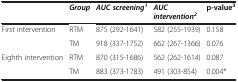
<table><thead><tr><td><b> </b></td><td><b><i>Group</i></b></td><td><b><i>AUC screening</i><sup><i>1</i></sup></b></td><td><b><i>AUC intervention</i><sup><i>2</i></sup></b></td><td><b>p-value<sup>3</sup></b></td></tr></thead><tbody><tr><td>First intervention</td><td>RTM</td><td>875 (292-1641)</td><td>582 (255-1939)</td><td>0.158</td></tr><tr><td> </td><td>TM</td><td>918 (337-1752)</td><td>662 (267-1366)</td><td>0.076</td></tr><tr><td>Eighth intervention</td><td>RTM</td><td>870 (315-1686)</td><td>562 (262-1614)</td><td>0.087</td></tr><tr><td> </td><td>TM</td><td>883 (373-1783)</td><td>491 (303-854)</td><td>0.004*</td></tr></tbody></table>